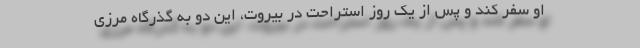
او سفر کند و پس از یک روز استراحت در بیروت، این دو به گذرگاه مرزی